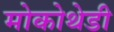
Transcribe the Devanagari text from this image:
मोकोथेडी